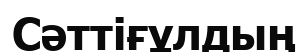
Сәттіғұлдың